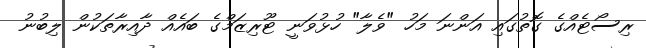
ރިސޯޓެއްގެ ގޮތުގައި އަންނަ މަހު "ވެލާ" ހުޅުވަނީ ޓޫރިޒަމްގެ ބައެއް ދާއިރާތަކުން ލިބުނު